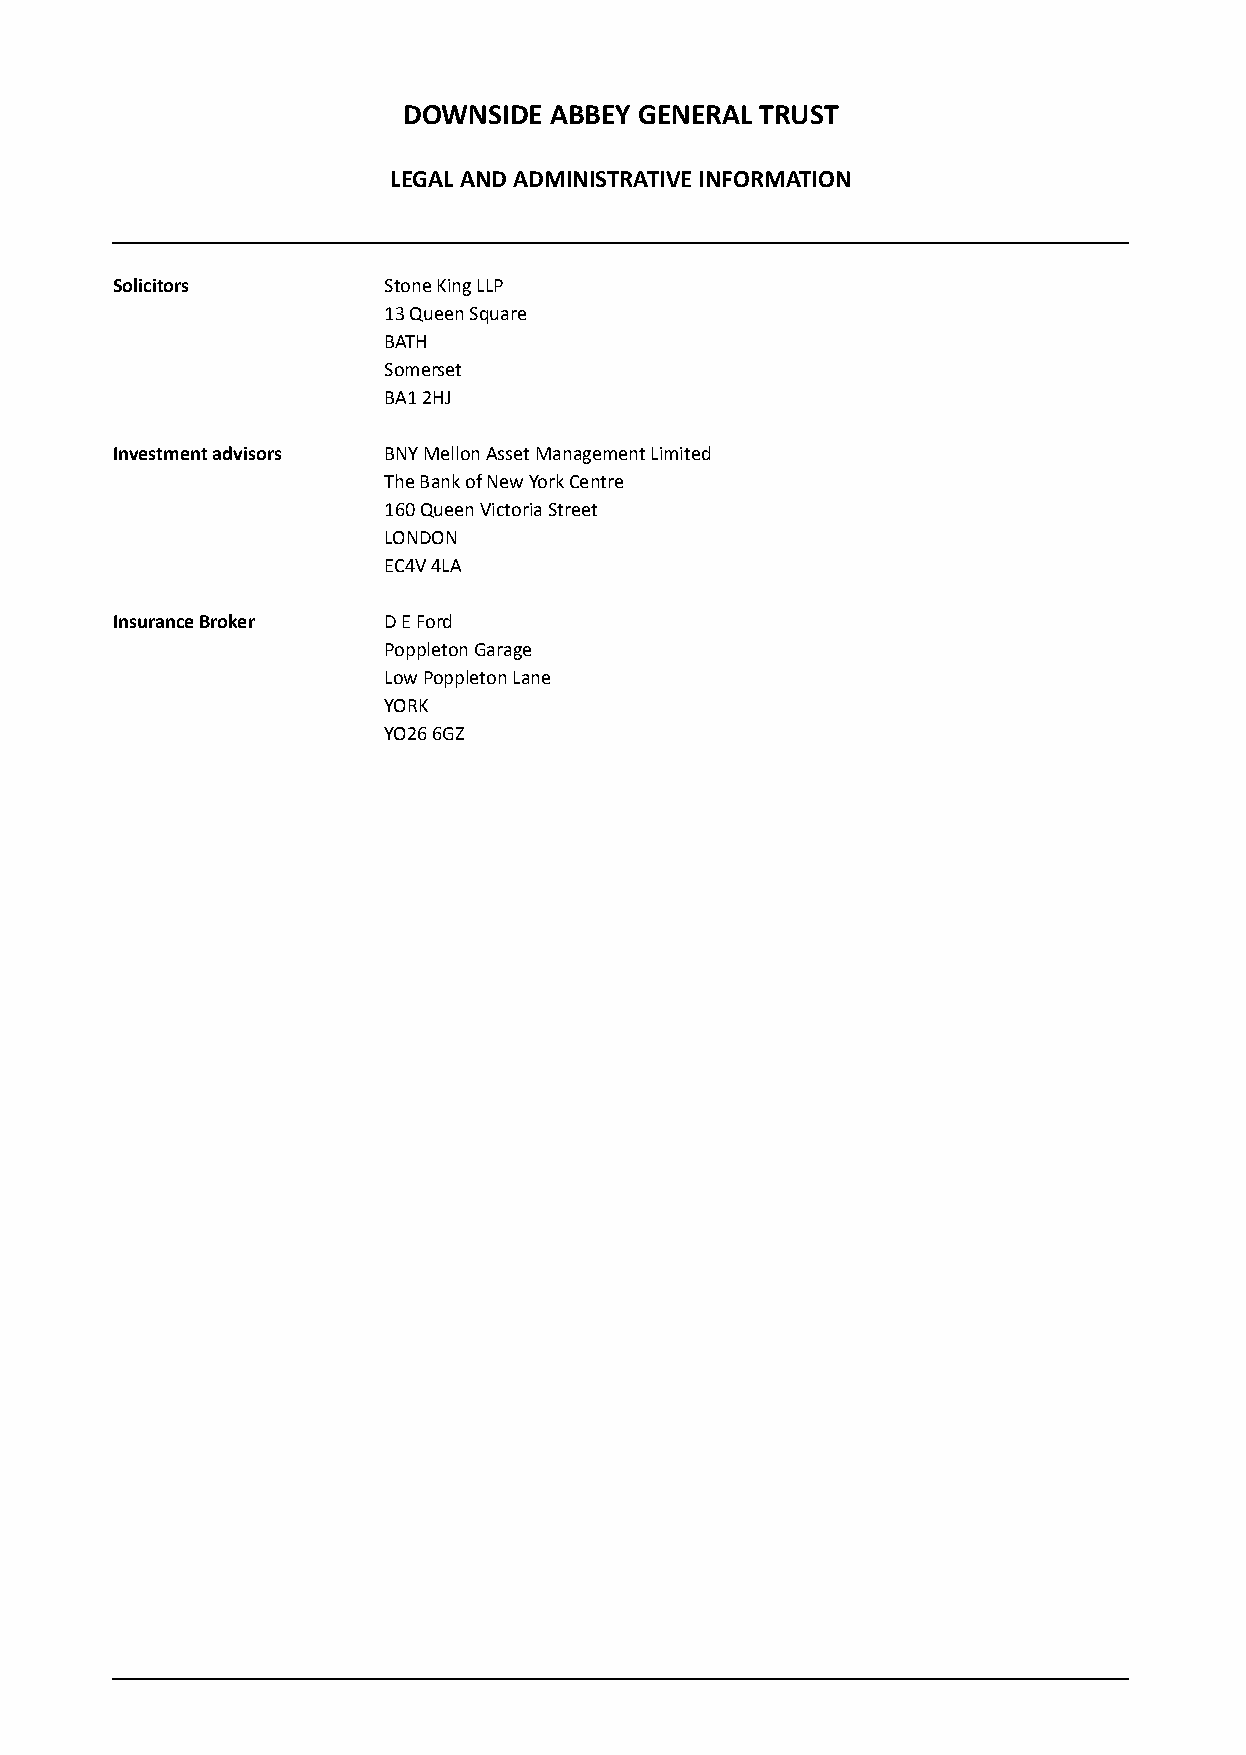
DOWNSIDE ABBEY GENERAL TRUST
 LEGAL AND ADMINISTRATIVE INFORMATION
 Solicitors        Stone King LLP
 13 Queen Square
 BATH
 Somerset
 BA1 2HJ
 Investment advisors BNY Mellon Asset Management Limited
 The Bank of New York Centre
 160 Queen Victoria Street
 LONDON
 EC4V 4LA
 Insurance Broker  D E Ford
 Poppleton Garage
 Low Poppleton Lane
 YORK
 YO26 6GZ